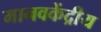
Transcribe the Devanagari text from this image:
मानवकेंद्रीय